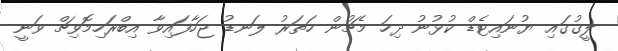
ލީގުގައި ޔުނައިޓެޑް ކުޅުނު ދިހަ މެޗުން ހަތަރު ލަނޑު ޖަހާފައިވާ އިބްރަހިމޮވިޗް ވަނީ